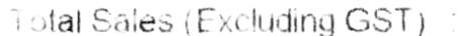
TOTAL SALES (EXCLUDING GST) :